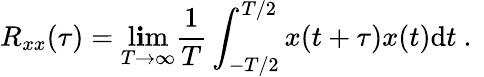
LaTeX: R_{xx}(\tau)=\operatorname*{l\mathbf{i}m}_{T\rightarrow\infty}\frac{{1}}{{T}}\int_{-T/2}^{T/2}x(t+\tau)x(t)\mathrm{{d}}t\mathrm{{~.~}}